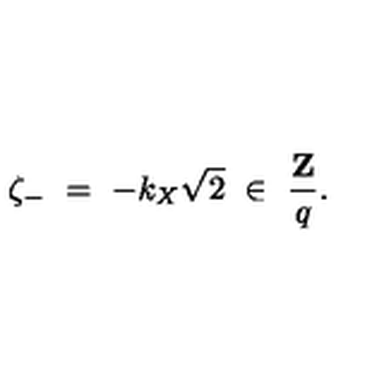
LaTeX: \zeta _ { - } \ = \ - k _ { X } \sqrt { 2 } \ \in \ \frac { { \bf Z } } { q } .